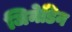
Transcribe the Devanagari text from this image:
जिनेडिन